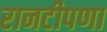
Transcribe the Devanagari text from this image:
रानटीपणा